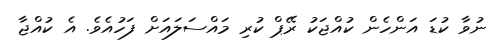
ނުވާ ކުޑަ އަންހެން ކުއްޖަކު ރޭޕް ކުރި މައްސަލައަށް ފަހުއެވެ. އެ ކުއްޖާ